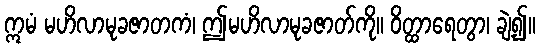
ဣမံ မဟိလာမုခဇာတကံ၊ ဤမဟိလာမုခဇာတ်ကို။ ဝိတ္ထာရေတွာ၊ ချဲ့၍။